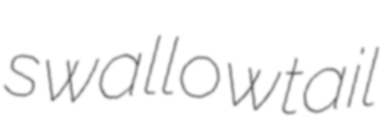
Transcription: swallowtail